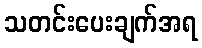
သတင်းပေးချက်အရ